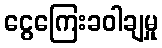
ငွေကြေးခဝါချမှု